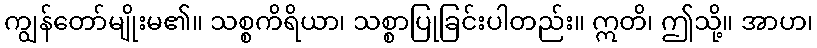
ကျွန်တော်မျိုးမ၏။ သစ္စကိရိယာ၊ သစ္စာပြုခြင်းပါတည်း။ ဣတိ၊ ဤသို့။ အာဟ၊